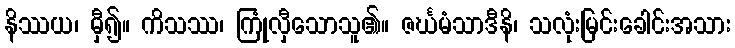
နိဿယ၊ မှီ၍။ ကိသဿ၊ ကြုံလှီသောသူ၏။ ဇင်္ဃမံသာဒီနိ၊ သလုံးမြင်းခေါင်းအသား